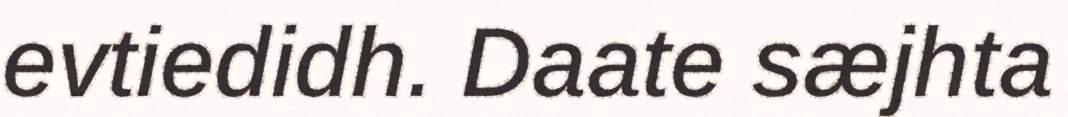
evtiedidh. Daate sæjhta